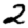
Digit: 2